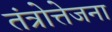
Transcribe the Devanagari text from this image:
तंत्रोत्तेजना